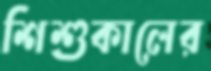
শিশুকালের